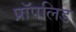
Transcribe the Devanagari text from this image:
प्रॉपलिड